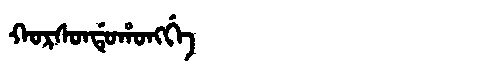
Manchu: ᡴᠣᡵᠰᠣᠨᡩᡠᡥᠣᠩᡤᡝ
Romanization: KORSONDUHONGGE